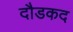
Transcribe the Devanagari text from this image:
दौडकद